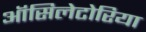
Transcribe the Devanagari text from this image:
ऑसिलेटोरिया